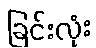
ခြင်းလုံး